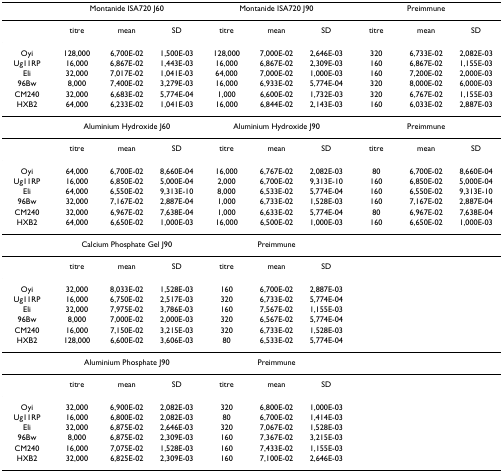
<table><thead><tr><td></td><td colspan="3"><b>Montanide ISA720 J60</b></td><td colspan="3"><b>Montanide ISA720 J90</b></td><td colspan="3"><b>Preimmune</b></td></tr></thead><tbody><tr><td></td><td>titre</td><td>mean</td><td>SD</td><td>titre</td><td>mean</td><td>SD</td><td>titre</td><td>mean</td><td>SD</td></tr><tr><td>Oyi</td><td>128,000</td><td>6,700E-02</td><td>1,500E-03</td><td>128,000</td><td>7,000E-02</td><td>2,646E-03</td><td>320</td><td>6,733E-02</td><td>2,082E-03</td></tr><tr><td>Ug11RP</td><td>16,000</td><td>6,867E-02</td><td>1,443E-03</td><td>16,000</td><td>6,867E-02</td><td>2,309E-03</td><td>160</td><td>6,867E-02</td><td>1,155E-03</td></tr><tr><td>Eli</td><td>32,000</td><td>7,017E-02</td><td>1,041E-03</td><td>64,000</td><td>7,000E-02</td><td>1,000E-03</td><td>160</td><td>7,200E-02</td><td>2,000E-03</td></tr><tr><td>96Bw</td><td>8,000</td><td>7,400E-02</td><td>3,279E-03</td><td>16,000</td><td>6,933E-02</td><td>5,774E-04</td><td>320</td><td>8,000E-02</td><td>6,000E-03</td></tr><tr><td>CM240</td><td>32,000</td><td>6,683E-02</td><td>5,774E-04</td><td>1,000</td><td>6,600E-02</td><td>1,732E-03</td><td>320</td><td>6,767E-02</td><td>1,155E-03</td></tr><tr><td>HXB2</td><td>64,000</td><td>6,233E-02</td><td>1,041E-03</td><td>16,000</td><td>6,844E-02</td><td>2,143E-03</td><td>160</td><td>6,033E-02</td><td>2,887E-03</td></tr><tr><td></td><td colspan="3">Aluminium Hydroxide J60</td><td colspan="3">Aluminium Hydroxide J90</td><td colspan="3">Preimmune</td></tr><tr><td></td><td>titre</td><td>mean</td><td>SD</td><td>titre</td><td>mean</td><td>SD</td><td>titre</td><td>mean</td><td>SD</td></tr><tr><td>Oyi</td><td>64,000</td><td>6,700E-02</td><td>8,660E-04</td><td>16,000</td><td>6,767E-02</td><td>2,082E-03</td><td>80</td><td>6,700E-02</td><td>8,660E-04</td></tr><tr><td>Ug11RP</td><td>16,000</td><td>6,850E-02</td><td>5,000E-04</td><td>2,000</td><td>6,700E-02</td><td>9,313E-10</td><td>160</td><td>6,850E-02</td><td>5,000E-04</td></tr><tr><td>Eli</td><td>64,000</td><td>6,550E-02</td><td>9,313E-10</td><td>8,000</td><td>6,533E-02</td><td>5,774E-04</td><td>160</td><td>6,550E-02</td><td>9,313E-10</td></tr><tr><td>96Bw</td><td>32,000</td><td>7,167E-02</td><td>2,887E-04</td><td>1,000</td><td>6,733E-02</td><td>1,528E-03</td><td>160</td><td>7,167E-02</td><td>2,887E-04</td></tr><tr><td>CM240</td><td>32,000</td><td>6,967E-02</td><td>7,638E-04</td><td>1,000</td><td>6,633E-02</td><td>5,774E-04</td><td>80</td><td>6,967E-02</td><td>7,638E-04</td></tr><tr><td>HXB2</td><td>64,000</td><td>6,650E-02</td><td>1,000E-03</td><td>16,000</td><td>6,500E-02</td><td>1,000E-03</td><td>160</td><td>6,650E-02</td><td>1,000E-03</td></tr><tr><td></td><td colspan="3">Calcium Phosphate Gel J90</td><td colspan="3">Preimmune</td><td></td><td></td><td></td></tr><tr><td></td><td>titre</td><td>mean</td><td>SD</td><td>titre</td><td>mean</td><td>SD</td><td></td><td></td><td></td></tr><tr><td>Oyi</td><td>32,000</td><td>8,033E-02</td><td>1,528E-03</td><td>160</td><td>6,700E-02</td><td>2,887E-03</td><td></td><td></td><td></td></tr><tr><td>Ug11RP</td><td>16,000</td><td>6,750E-02</td><td>2,517E-03</td><td>320</td><td>6,733E-02</td><td>5,774E-04</td><td></td><td></td><td></td></tr><tr><td>Eli</td><td>32,000</td><td>7,975E-02</td><td>3,786E-03</td><td>160</td><td>7,567E-02</td><td>1,155E-03</td><td></td><td></td><td></td></tr><tr><td>96Bw</td><td>8,000</td><td>7,000E-02</td><td>2,000E-03</td><td>320</td><td>6,567E-02</td><td>5,774E-04</td><td></td><td></td><td></td></tr><tr><td>CM240</td><td>16,000</td><td>7,150E-02</td><td>3,215E-03</td><td>320</td><td>6,733E-02</td><td>1,528E-03</td><td></td><td></td><td></td></tr><tr><td>HXB2</td><td>128,000</td><td>6,600E-02</td><td>3,606E-03</td><td>80</td><td>6,533E-02</td><td>5,774E-04</td><td></td><td></td><td></td></tr><tr><td></td><td colspan="3">Aluminium Phosphate J90</td><td colspan="3">Preimmune</td><td></td><td></td><td></td></tr><tr><td></td><td>titre</td><td>mean</td><td>SD</td><td>titre</td><td>mean</td><td>SD</td><td></td><td></td><td></td></tr><tr><td>Oyi</td><td>32,000</td><td>6,900E-02</td><td>2,082E-03</td><td>320</td><td>6,800E-02</td><td>1,000E-03</td><td></td><td></td><td></td></tr><tr><td>Ug11RP</td><td>16,000</td><td>6,800E-02</td><td>2,082E-03</td><td>80</td><td>6,700E-02</td><td>1,414E-03</td><td></td><td></td><td></td></tr><tr><td>Eli</td><td>32,000</td><td>6,875E-02</td><td>2,646E-03</td><td>320</td><td>7,067E-02</td><td>1,528E-03</td><td></td><td></td><td></td></tr><tr><td>96Bw</td><td>8,000</td><td>6,875E-02</td><td>2,309E-03</td><td>160</td><td>7,367E-02</td><td>3,215E-03</td><td></td><td></td><td></td></tr><tr><td>CM240</td><td>16,000</td><td>7,075E-02</td><td>1,528E-03</td><td>160</td><td>7,433E-02</td><td>1,155E-03</td><td></td><td></td><td></td></tr><tr><td>HXB2</td><td>32,000</td><td>6,825E-02</td><td>2,309E-03</td><td>160</td><td>7,100E-02</td><td>2,646E-03</td><td></td><td></td><td></td></tr></tbody></table>